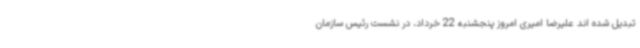
تبدیل شده اند علیرضا امیری امروز پنجشنبه 22 خرداد، در نشست رئیس سازمان